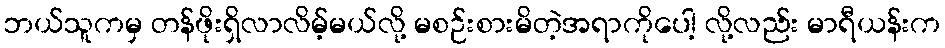
ဘယ်သူကမှ တန်ဖိုးရှိလာလိမ့်မယ်လို့ မစဉ်းစားမိတဲ့အရာကိုပေါ့ လို့လည်း မာရီယန်းက